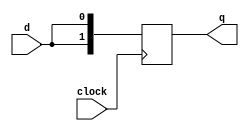
`timescale 1ns / 1ns

module shiftA(q,clock,d);
output [1:0] q;
input clock,d;

reg [1:0] q;

always @(posedge clock)
begin
    q[0]=d;
    q[1]=q[0];
end
endmodule

module shiftB(q,clock,d);
output [1:0] q;
input clock,d;

reg [1:0] q;

always @(posedge clock)
begin
    q[0]<=d;
    q[1]<=q[0];
end
endmodule

//module shiftN(q,clock,d);
//    output [N-1:0] q;
//    input clock,d;
    
//    parameter N;
    
//    reg [N-1:0] q;
    
//    always @(posedge clock)
//    begin
//        q[0]<=d;
//        q[N-1:1]<=q[N-2:0];
//    end
//endmodule